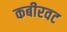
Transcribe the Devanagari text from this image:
कबीरवट